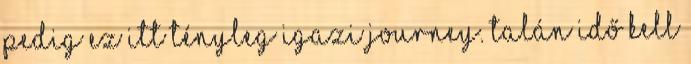
pedig ez itt tényleg igazi Journey. Talán idő kell